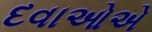
દવાઓએ